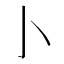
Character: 𰍨